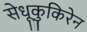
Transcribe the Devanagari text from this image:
सेधूकुकिरेन